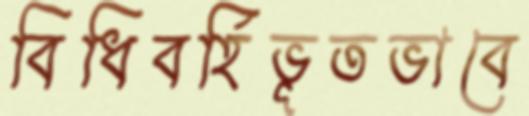
বিধিবর্হিভূতভাবে